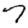
Digit: 7